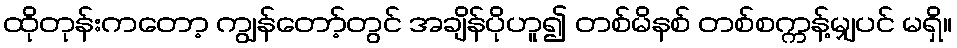
ထိုတုန်းကတော့ ကျွန်တော့်တွင် အချိန်ပိုဟူ၍ တစ်မိနစ် တစ်စက္ကန့်မျှပင် မရှိ။